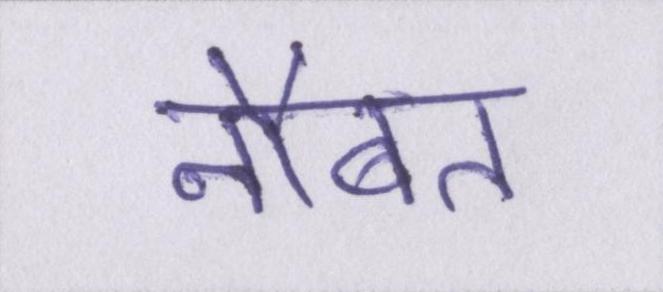
नौबत